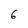
Character: 6